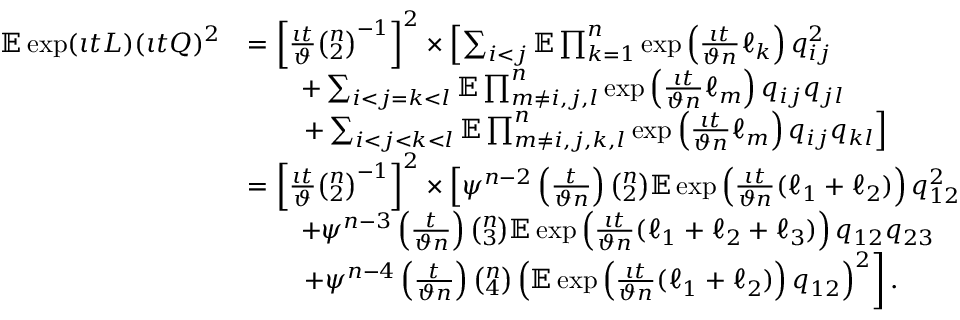
\begin{array} { r l } { \mathbb { E } \exp ( \iota t L ) ( \iota t Q ) ^ { 2 } } & { = \left[ \frac { \iota t } { \vartheta } \binom { n } { 2 } ^ { - 1 } \right] ^ { 2 } \times \left[ \sum _ { i < j } \mathbb { E } \prod _ { k = 1 } ^ { n } \exp \left( \frac { \iota t } { \vartheta n } \ell _ { k } \right) q _ { i j } ^ { 2 } \right. } \\ & { \qquad + \sum _ { i < j = k < l } \mathbb { E } \prod _ { m \neq i , j , l } ^ { n } \exp \left( \frac { \iota t } { \vartheta n } \ell _ { m } \right) q _ { i j } q _ { j l } } \\ & { \qquad \left. + \sum _ { i < j < k < l } \mathbb { E } \prod _ { m \neq i , j , k , l } ^ { n } \exp \left( \frac { \iota t } { \vartheta n } \ell _ { m } \right) q _ { i j } q _ { k l } \right] } \\ & { = \left[ \frac { \iota t } { \vartheta } \binom { n } { 2 } ^ { - 1 } \right] ^ { 2 } \times \left[ \psi ^ { n - 2 } \left( \frac { t } { \vartheta n } \right) \binom { n } { 2 } \mathbb { E } \exp \left( \frac { \iota t } { \vartheta n } ( \ell _ { 1 } + \ell _ { 2 } ) \right) q _ { 1 2 } ^ { 2 } \right. } \\ & { \qquad + \psi ^ { n - 3 } \left( \frac { t } { \vartheta n } \right) \binom { n } { 3 } \mathbb { E } \exp \left( \frac { \iota t } { \vartheta n } ( \ell _ { 1 } + \ell _ { 2 } + \ell _ { 3 } ) \right) q _ { 1 2 } q _ { 2 3 } } \\ & { \qquad \left. + \psi ^ { n - 4 } \left( \frac { t } { \vartheta n } \right) \binom { n } { 4 } \left( \mathbb { E } \exp \left( \frac { \iota t } { \vartheta n } ( \ell _ { 1 } + \ell _ { 2 } ) \right) q _ { 1 2 } \right) ^ { 2 } \right] . } \end{array}